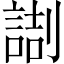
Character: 𠟸